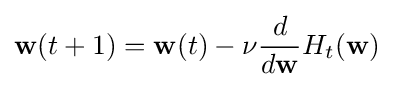
\mathbf {w} (t+1)=\mathbf {w} (t)-\nu {\frac {d}{d\mathbf {w} }}H_{t}(\mathbf {w} )